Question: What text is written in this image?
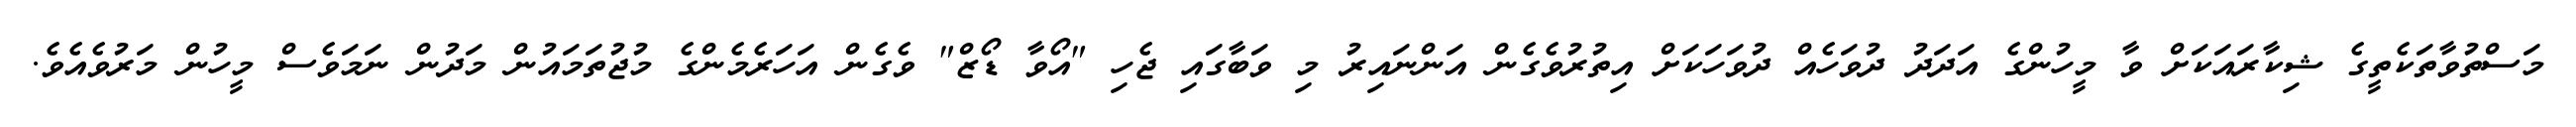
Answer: މަސްތުވާތަކެތީގެ ޝިކާރައަކަށް ވާ މީހުންގެ އަދަދު ދުވަހެއް ދުވަހަކަށް އިތުރުވެގެން އަންނައިރު މި ވަބާގައި ޖެހި "އޯވާ ޑޯޒް" ވެގެން އަހަރެމެންގެ މުޖުތަމައުން މަދުން ނަމަވެސް މީހުން މަރުވެއެވެ.